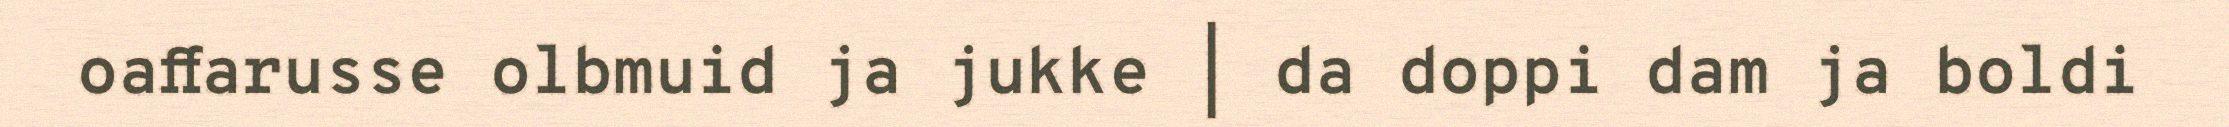
oaffarusse olbmuid ja jukke | da doppi dam ja boldi